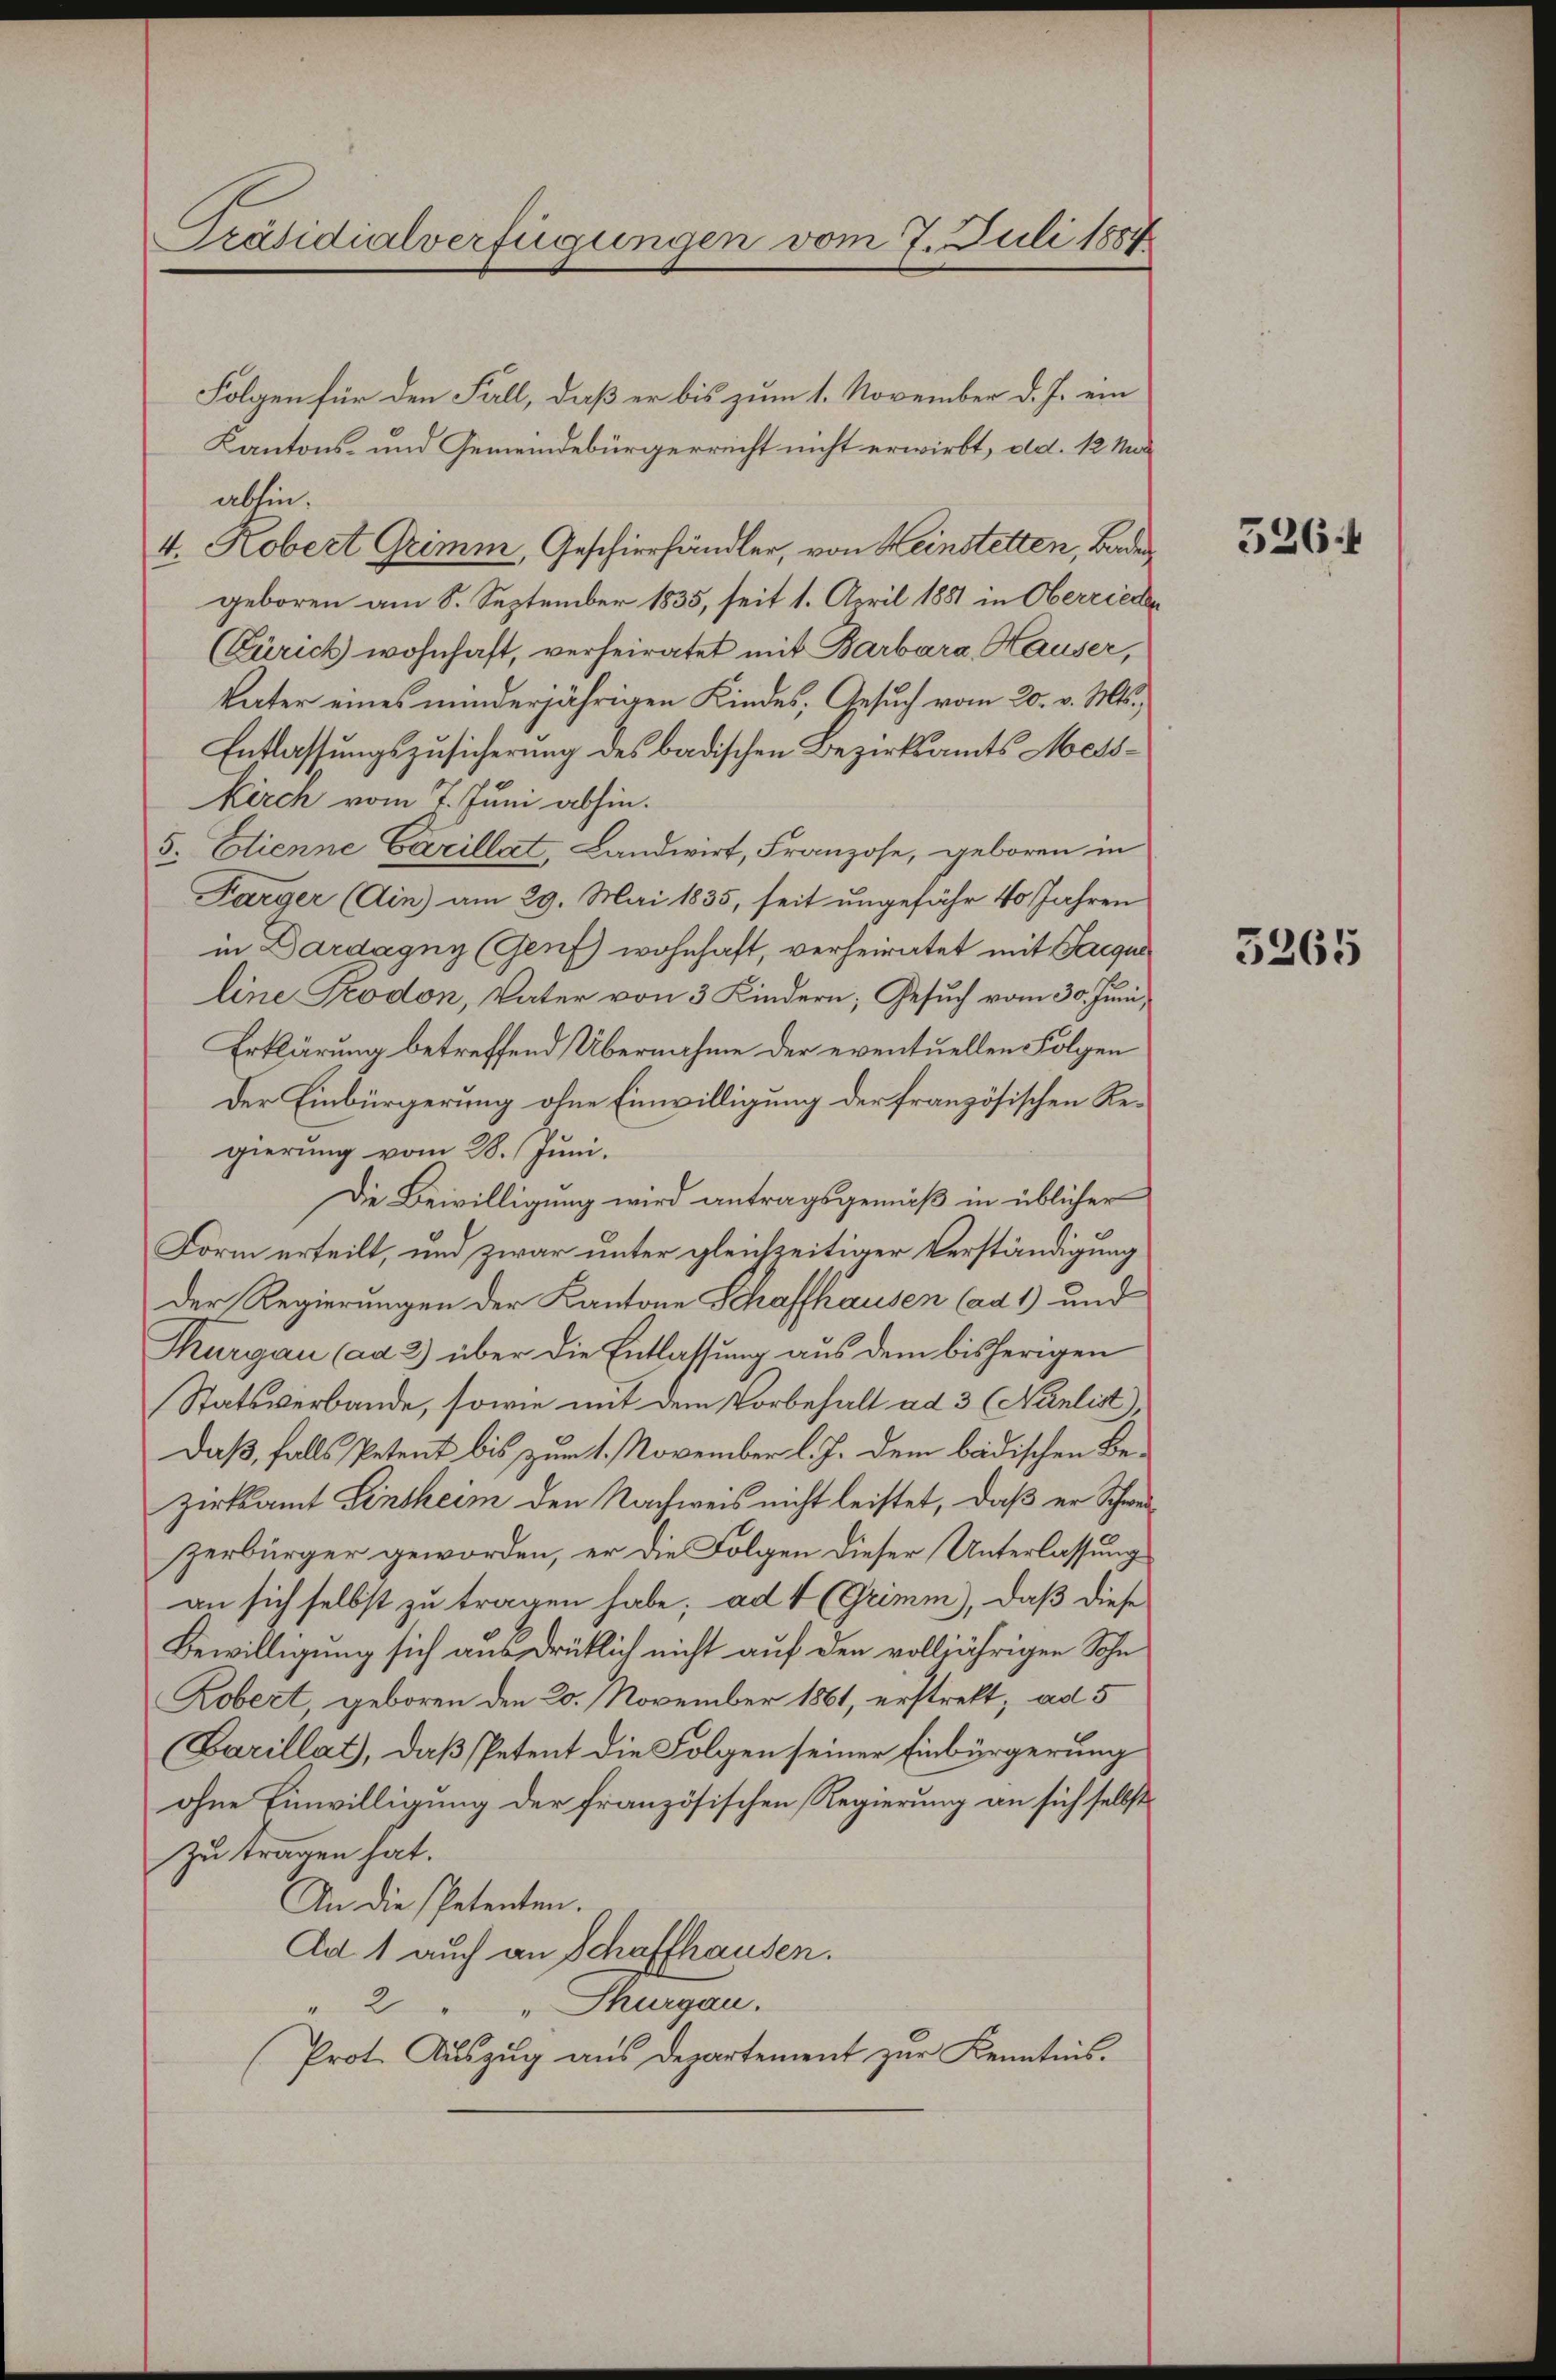
Folgen für den Fall, daß er bis zum 1. November d. J. ein
Kantons- und Gemeindebürgerrecht nicht erwirbt, d.d. 12. Maabhin.
4. Kobert Grimm, Geschierhändler, von Heinstetten, Baden
geboren am 8. September 1835, seit 1. April 1881 in Oberrieden
(Zürich wohnhaft, verheiratet mit Barbara Hauser,
Vater eines minderjährigen Kindes, Gesuch vom 20. v. Mts.,
Entlassungszusicherung des badischen Bezirksamts Mess¬
Kirch vom 7. Juni abhin.
5. Etienne Carillat, Landwirt, Franzose, geboren in
Parger (Ain) am 29. Mai 1835, seit ungefähr 40 Jahren
in Dardagny (Genf) wohnhaft, verheiratet mit acqui
line Prodon, Vater von 3 Kindern; Gesuch vom 30. Juni,
Erklärung betreffend Übernahme der eventuellen Folgen
Der Einbürgerung ohne Einwilligung der französischen Regierung vom 28. Juni.
Die Bewilligung wird antragsgemäß in üblicher
Form erteilt, und zwar unter gleichzeitiger Verständigung
Der Regierungen der Kantone Schaffhausen (ad 1) und
Thurgau (ad 2) über die Entlassung aus dem bisherigen
Statsverbande, sowie mit dem Vorbehalt ad 3 (Nanlist
Daß, falls Petent bis zum 1. November l. J. dem badischen Bezirksamt Lintheim den Nachweis nicht leistet, daß er Schweizerbürger geworden, er die Folgen dieser Unterlassung
an sich selbst zu tragen habe; ad 4 (Grimm), daß diese
Bewilligung sich ausdrüklich nicht auf den volljährigen Sohn
Robert, geboren den 20. November 1861, erstrett, ad 5
(Garillat, daß Petent die Folgen seiner Einbürgerung
ohne Einwilligung der französischen Regierung an sich selbst
zu tragen hat.
An die Petenten.
Ad 1 auch an Schaffhausen.
2
" Thurgau.
Prot. Auszug aus Departement zur Kenntnis.

Präsidialverfügungen vom 7. Juli 1884

526

3265